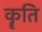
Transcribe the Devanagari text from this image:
कॄति